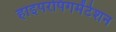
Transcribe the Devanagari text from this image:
हाइपरपिगमेंटेशन